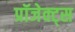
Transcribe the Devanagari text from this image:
प्रॉजेक्ट्स